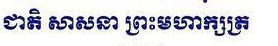
ជាតិ សាសនា ព្រះមហាក្សត្រ